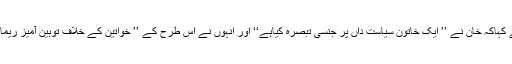
اپنے نوٹس میں این سی ڈبلیو نے کہاکہ خان نے ’’ ایک خاتون سیاست داں پر جنسی تبصرہ کیاہے‘‘ اور انہوں نے اس طرح کے ’’ خواتین کے خلاف توہین آمیز ریمارک ماضی میں‘‘ بھی کئے ہیں۔